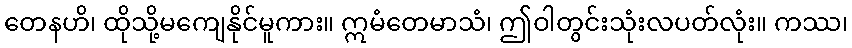
တေနဟိ၊ ထိုသို့မကျေနိုင်မူကား။ ဣမံတေမာသံ၊ ဤဝါတွင်းသုံးလပတ်လုံး။ ကဿ၊